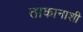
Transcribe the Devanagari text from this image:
ताकानाशी